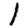
Digit: 1